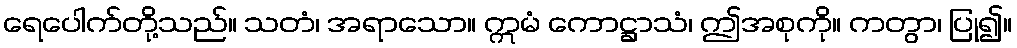
ရေပေါက်တို့သည်။ သတံ၊ အရာသော။ ဣမံ ကောဋ္ဌာသံ၊ ဤအစုကို။ ကတွာ၊ ပြု၍။